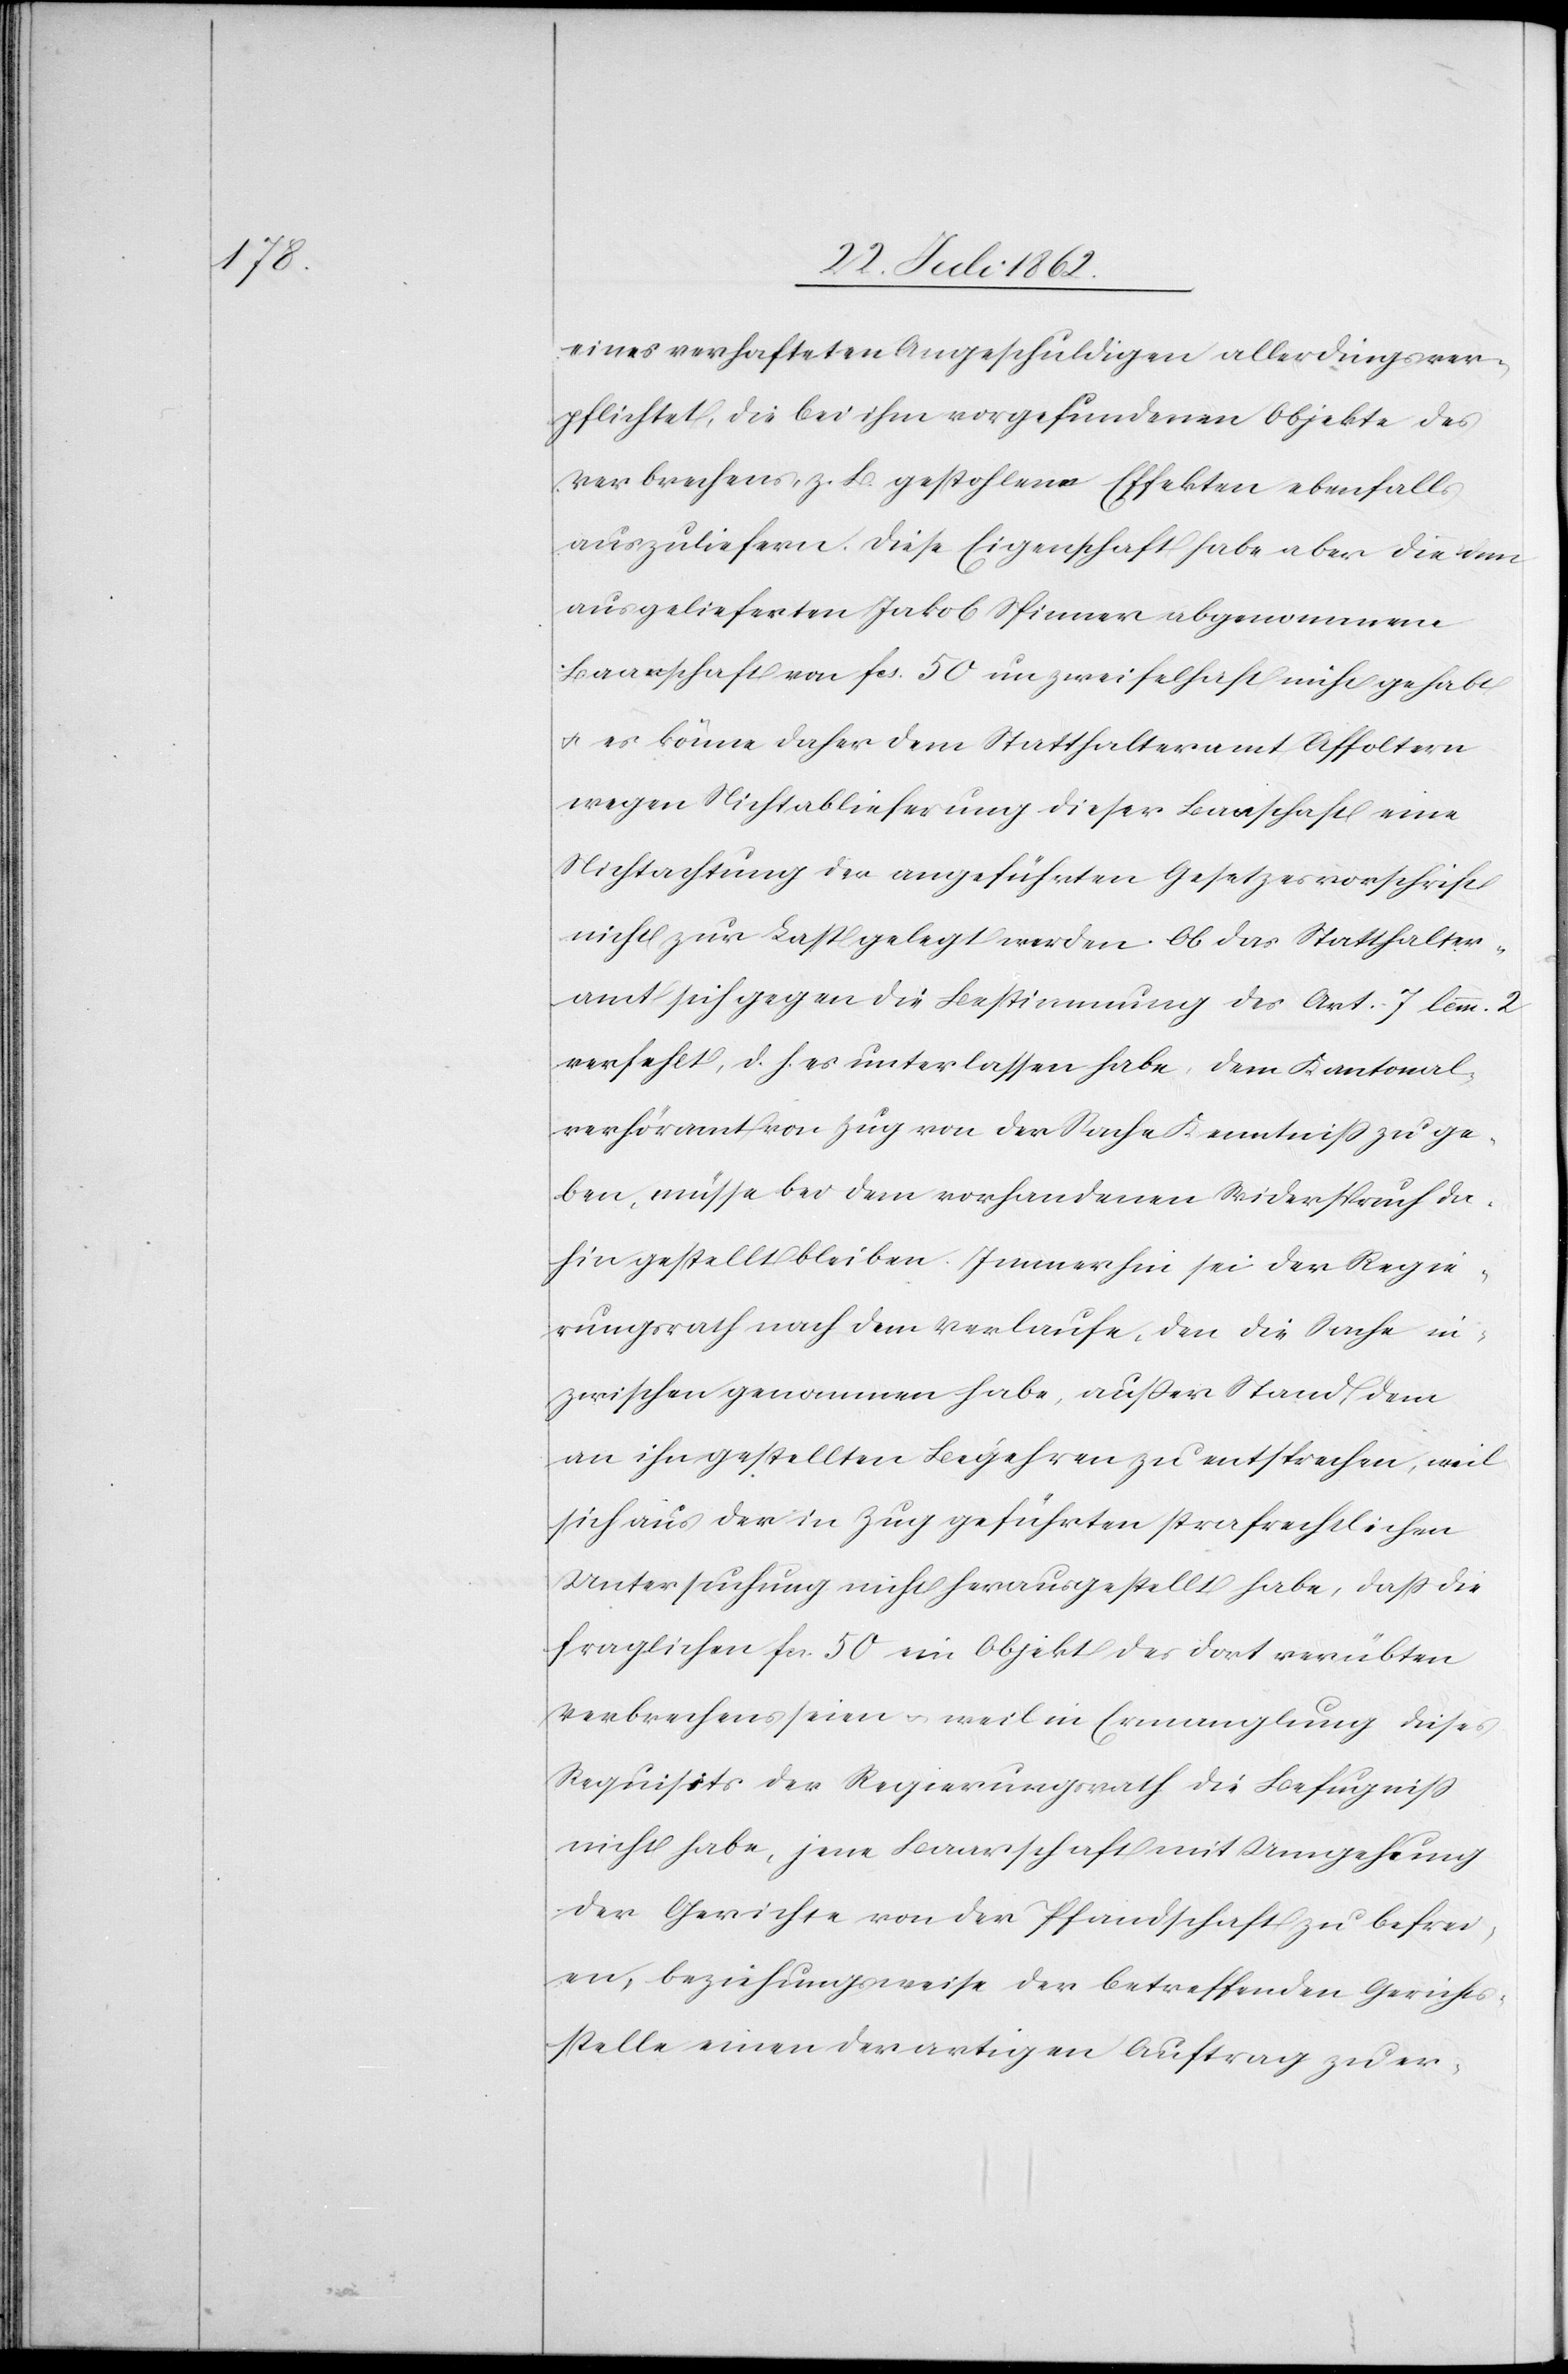
eines verhafteten Angeschuldigten allerdings ver¬
pflichtet, die bei ihm vorgefundenen Objekte des
Verbrechens z. B. gestohlene Effekten ebenfalls
auszuliefern. Diese Eigenschaft habe aber die dem
ausgelieferten Jakob Spinner abgenommene
Barschaft von fcs. 50 unzweifelhaft nicht gehabt
u. es könne daher dem Statthalteramt Affoltern
wegen Nichtablieferung dieser Barschaft eine
Nichtachtung der angeführten Gesetzesvorschrift
nicht zur Last gelegt werden. Ob das Statthalter¬
amt sich gegen die Bestimmung des Art. 7 lemm. 2
verfehlt, d. h. es unterlassen habe, dem Kantonal¬
verhöramt von Zug von der Sache Kenntniß zu ge¬
ben, müsse bei dem vorhandenen Widerspruch da¬
hin gestellt bleiben. Immerhin sei der Regie¬
rungsrath nach dem Verlaufe, den die Sache in¬
zwischen genommen habe, außer Stand dem
an ihn gestellten Begehren zu entsprechen, weil
sich aus der in Zug geführten strafrechtlichen
Untersuchung nicht herausgestellt habe, daß die
fraglichen fr. 50 ein Objekt des dort verübten
Verbrechens seien u. weil in Ermanglung dieses
Requisits der Regierungsrath die Befugniß
nicht habe, jene Baarschaft mit Umgehung
der Gerichte von der Pfandschaft zu befrei¬
en, beziehungsweise der betreffenden Gerichts¬
stelle einen derartigen Auftrag zu er-